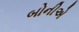
બોનીએ